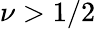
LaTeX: \nu>1/2